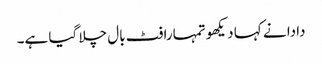
دادا نے کہا دیکھو تمہارا فٹ بال چلا گیا ہے۔